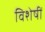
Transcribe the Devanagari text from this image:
विशेषीं